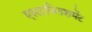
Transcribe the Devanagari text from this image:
एस्टाब्लिशमेंट